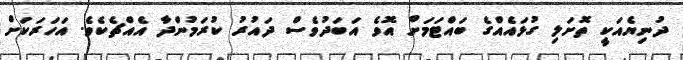
ދުނިޔެއަކީ ތޮށަލި ގުޅައެއްގެ ބައްޓަަމަށް އޮވެ އަބަދުވެސް ދައުރު ކުރަމުންދާ އެއްޗެކެވެ. އަހަރަކަށް